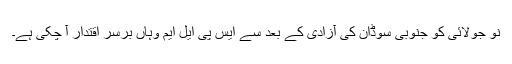
نو جولائی کو جنوبی سوڈان کی آزادی کے بعد سے ایس پی ایل ایم وہاں برسرِ اقتدار آ چکی ہے۔